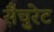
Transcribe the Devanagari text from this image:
सैचुरेट